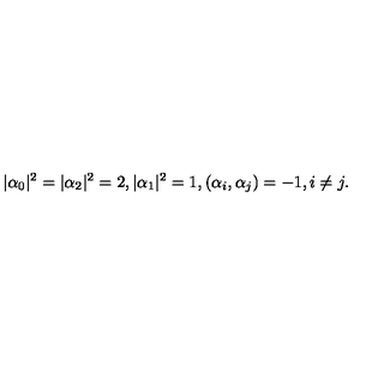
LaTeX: | \alpha _ { 0 } | ^ { 2 } = | \alpha _ { 2 } | ^ { 2 } = 2 , | \alpha _ { 1 } | ^ { 2 } = 1 , ( \alpha _ { i } , \alpha _ { j } ) = - 1 , i \neq j .